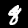
Label: 8